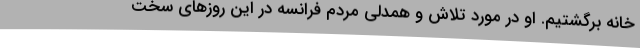
خانه برگشتیم. او در مورد تلاش و همدلی مردم فرانسه در این روزهای سخت